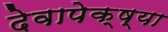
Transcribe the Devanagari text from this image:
देवापेक्ष्या